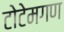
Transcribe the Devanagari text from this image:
टोटेमगण